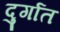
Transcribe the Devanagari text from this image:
दुर्गात